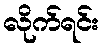
လိုက်ရင်း